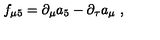
f _ { \mu 5 } = \partial _ { \mu } a _ { 5 } - \partial _ { \tau } a _ { \mu } \ ,